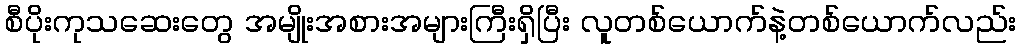
စီပိုးကုသဆေးတွေ အမျိုးအစားအများကြီးရှိပြီး လူတစ်ယောက်နဲ့တစ်ယောက်လည်း